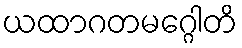
ယထာဂတမဂ္ဂေါတိ